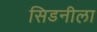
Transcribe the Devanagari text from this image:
सिडनीला